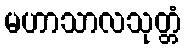
မဟာသာလသုတ္တံ